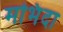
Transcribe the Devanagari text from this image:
मभिंदा